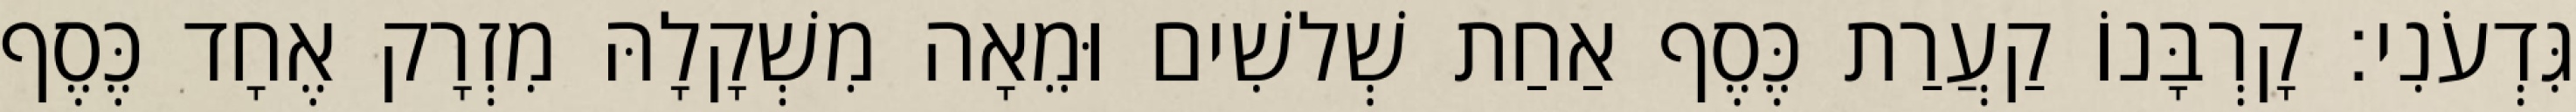
גִּדְעֹנִי׃ קָרְבָּנוֹ קַעֲרַת כֶּסֶף אַחַת שְׁלשִׁים וּמֵאָה מִשְׁקָלָהּ מִזְרָק אֶחָד כֶּסֶף